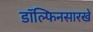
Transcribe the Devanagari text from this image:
डॉल्फिनसारखे